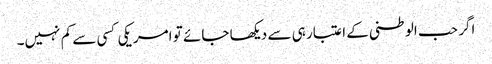
اگر حب الوطنی کے اعتبار ہی سے دیکھا جائے تو امریکی کسی سے کم نہیں۔